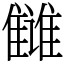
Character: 雠